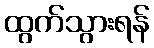
ထွက်သွားရန်